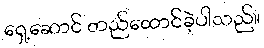
ရှေ့ဆောင် တည်ထောင်ခဲ့ပါသည်။